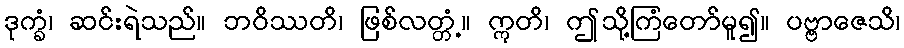
ဒုက္ခံ၊ ဆင်းရဲသည်။ ဘဝိဿတိ၊ ဖြစ်လတ္တံ့။ ဣတိ၊ ဤသို့ကြံတော်မူ၍။ ပဗ္ဗာဇေသိ၊